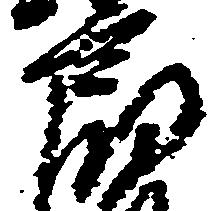
郎